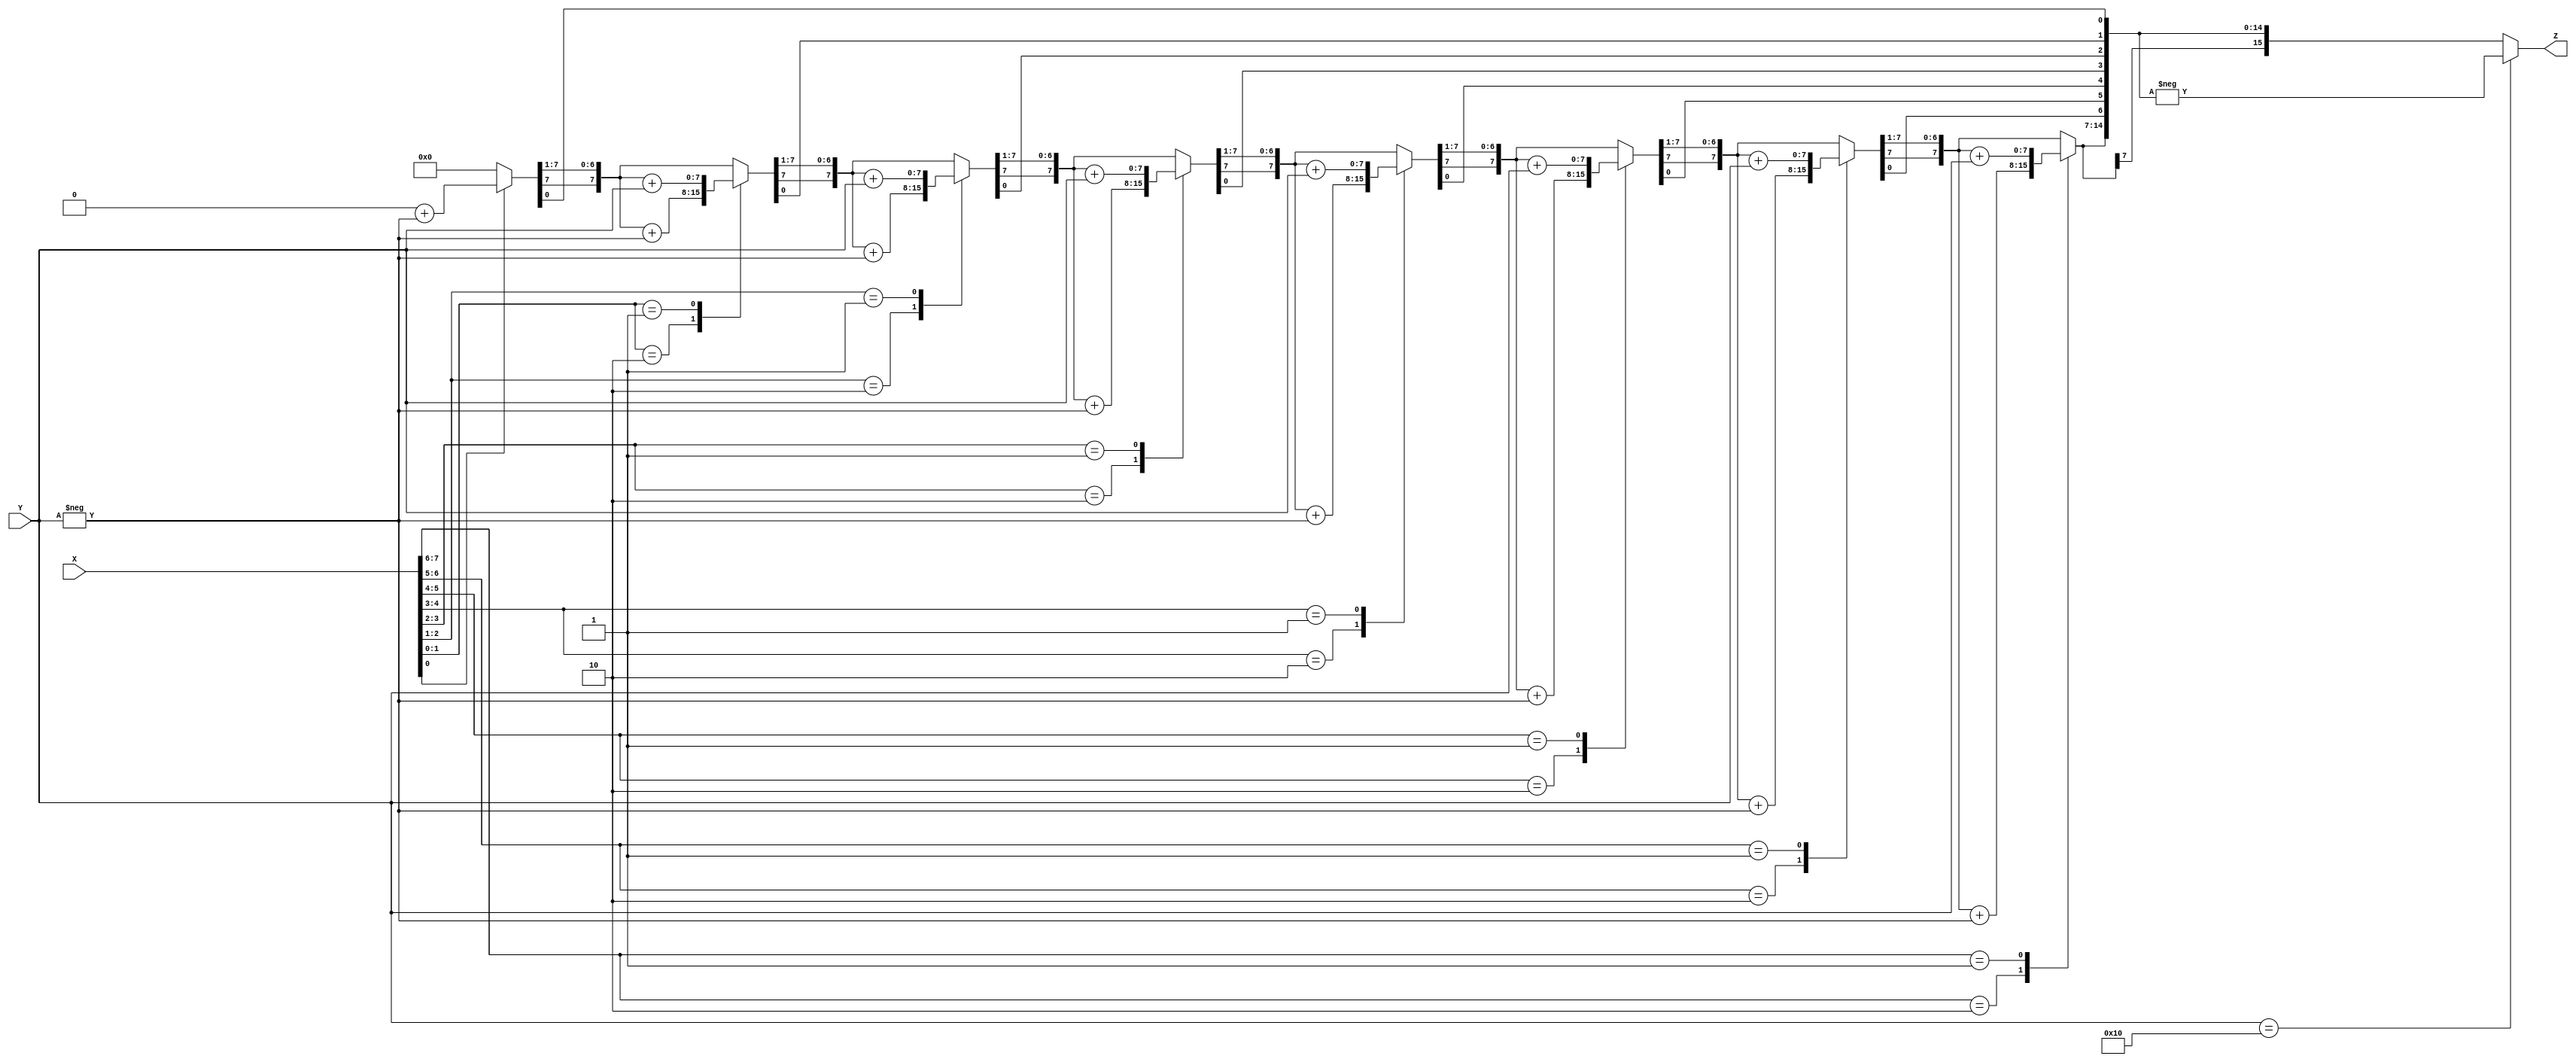
`timescale 1ns / 1ps
//////////////////////////////////////////////////////////////////////////////////
// Company: 
// Engineer: 
// 
// Design Name: 
// Module Name:    b5 
// Project Name: 
// Target Devices: 
// Tool versions: 
// Description: 
//
// Dependencies: 
//
// Revision: 
// Revision 0.01 - File Created
// Additional Comments: 
//
//////////////////////////////////////////////////////////////////////////////////
module b5(X, Y, Z);
      input signed [7:0] X, Y;
       output signed [15:0] Z;
       reg signed [15:0] Z;
       reg [1:0] temp;
       integer i; 
       reg E1;
       reg [7:0] Y1;
       always @ (X, Y)
       begin
       Z = 16'd0;
       E1 = 1'd0;
       for (i = 0; i < 8; i = i + 1)
       begin
       temp = {X[i], E1};
		 Y1 = - Y;
  case (temp)
       2'd2 : Z [15 : 8] = Z [15 : 8] + Y1;
       2'd1 : Z [15 : 8] = Z [15 : 8] + Y;
       default : begin end
       endcase
       Z = Z >> 1;
       
       Z[15] = Z[14];
       
      
       E1 = X[i];
           end
       if (Y == 8'd16)
      
      
           begin
               Z = - Z;
           end
      
       end
      
      //Z={Z,8'b0}; 
endmodule